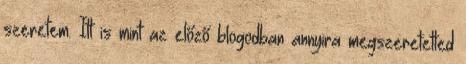
szeretem. Itt is mint az előző blogodban annyira megszeretetted